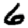
Digit: 6